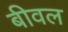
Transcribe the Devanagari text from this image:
बीवल